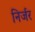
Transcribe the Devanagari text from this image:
निर्जर